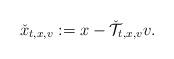
LaTeX: \begin{align*} \check x_{t,x,v} := x- \check {\mathcal T}_{t,x,v} v.\end{align*}